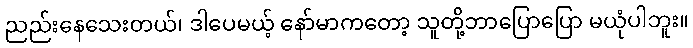
ညည်းနေသေးတယ်၊ ဒါပေမယ့် နော်မာကတော့ သူတို့ဘာပြောပြော မယုံပါဘူး။